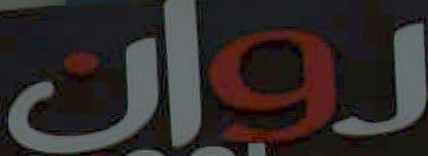
روان